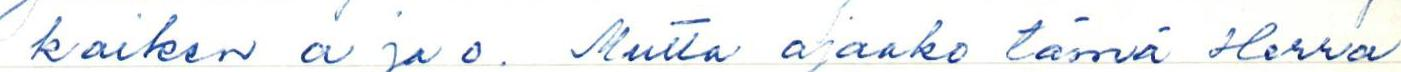
kaiken a ja o. Mutta ajaako tämä Herra